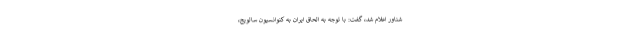
شناور اعلام شد، گفت: با توجه به الحاق ایران به کنوانسیون سالویج،